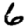
Digit: 6